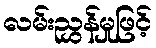
လမ်းညွှန်မှုဖြင့်